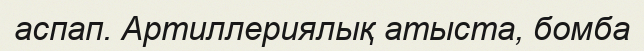
аспап. Артиллериялық атыста, бомба